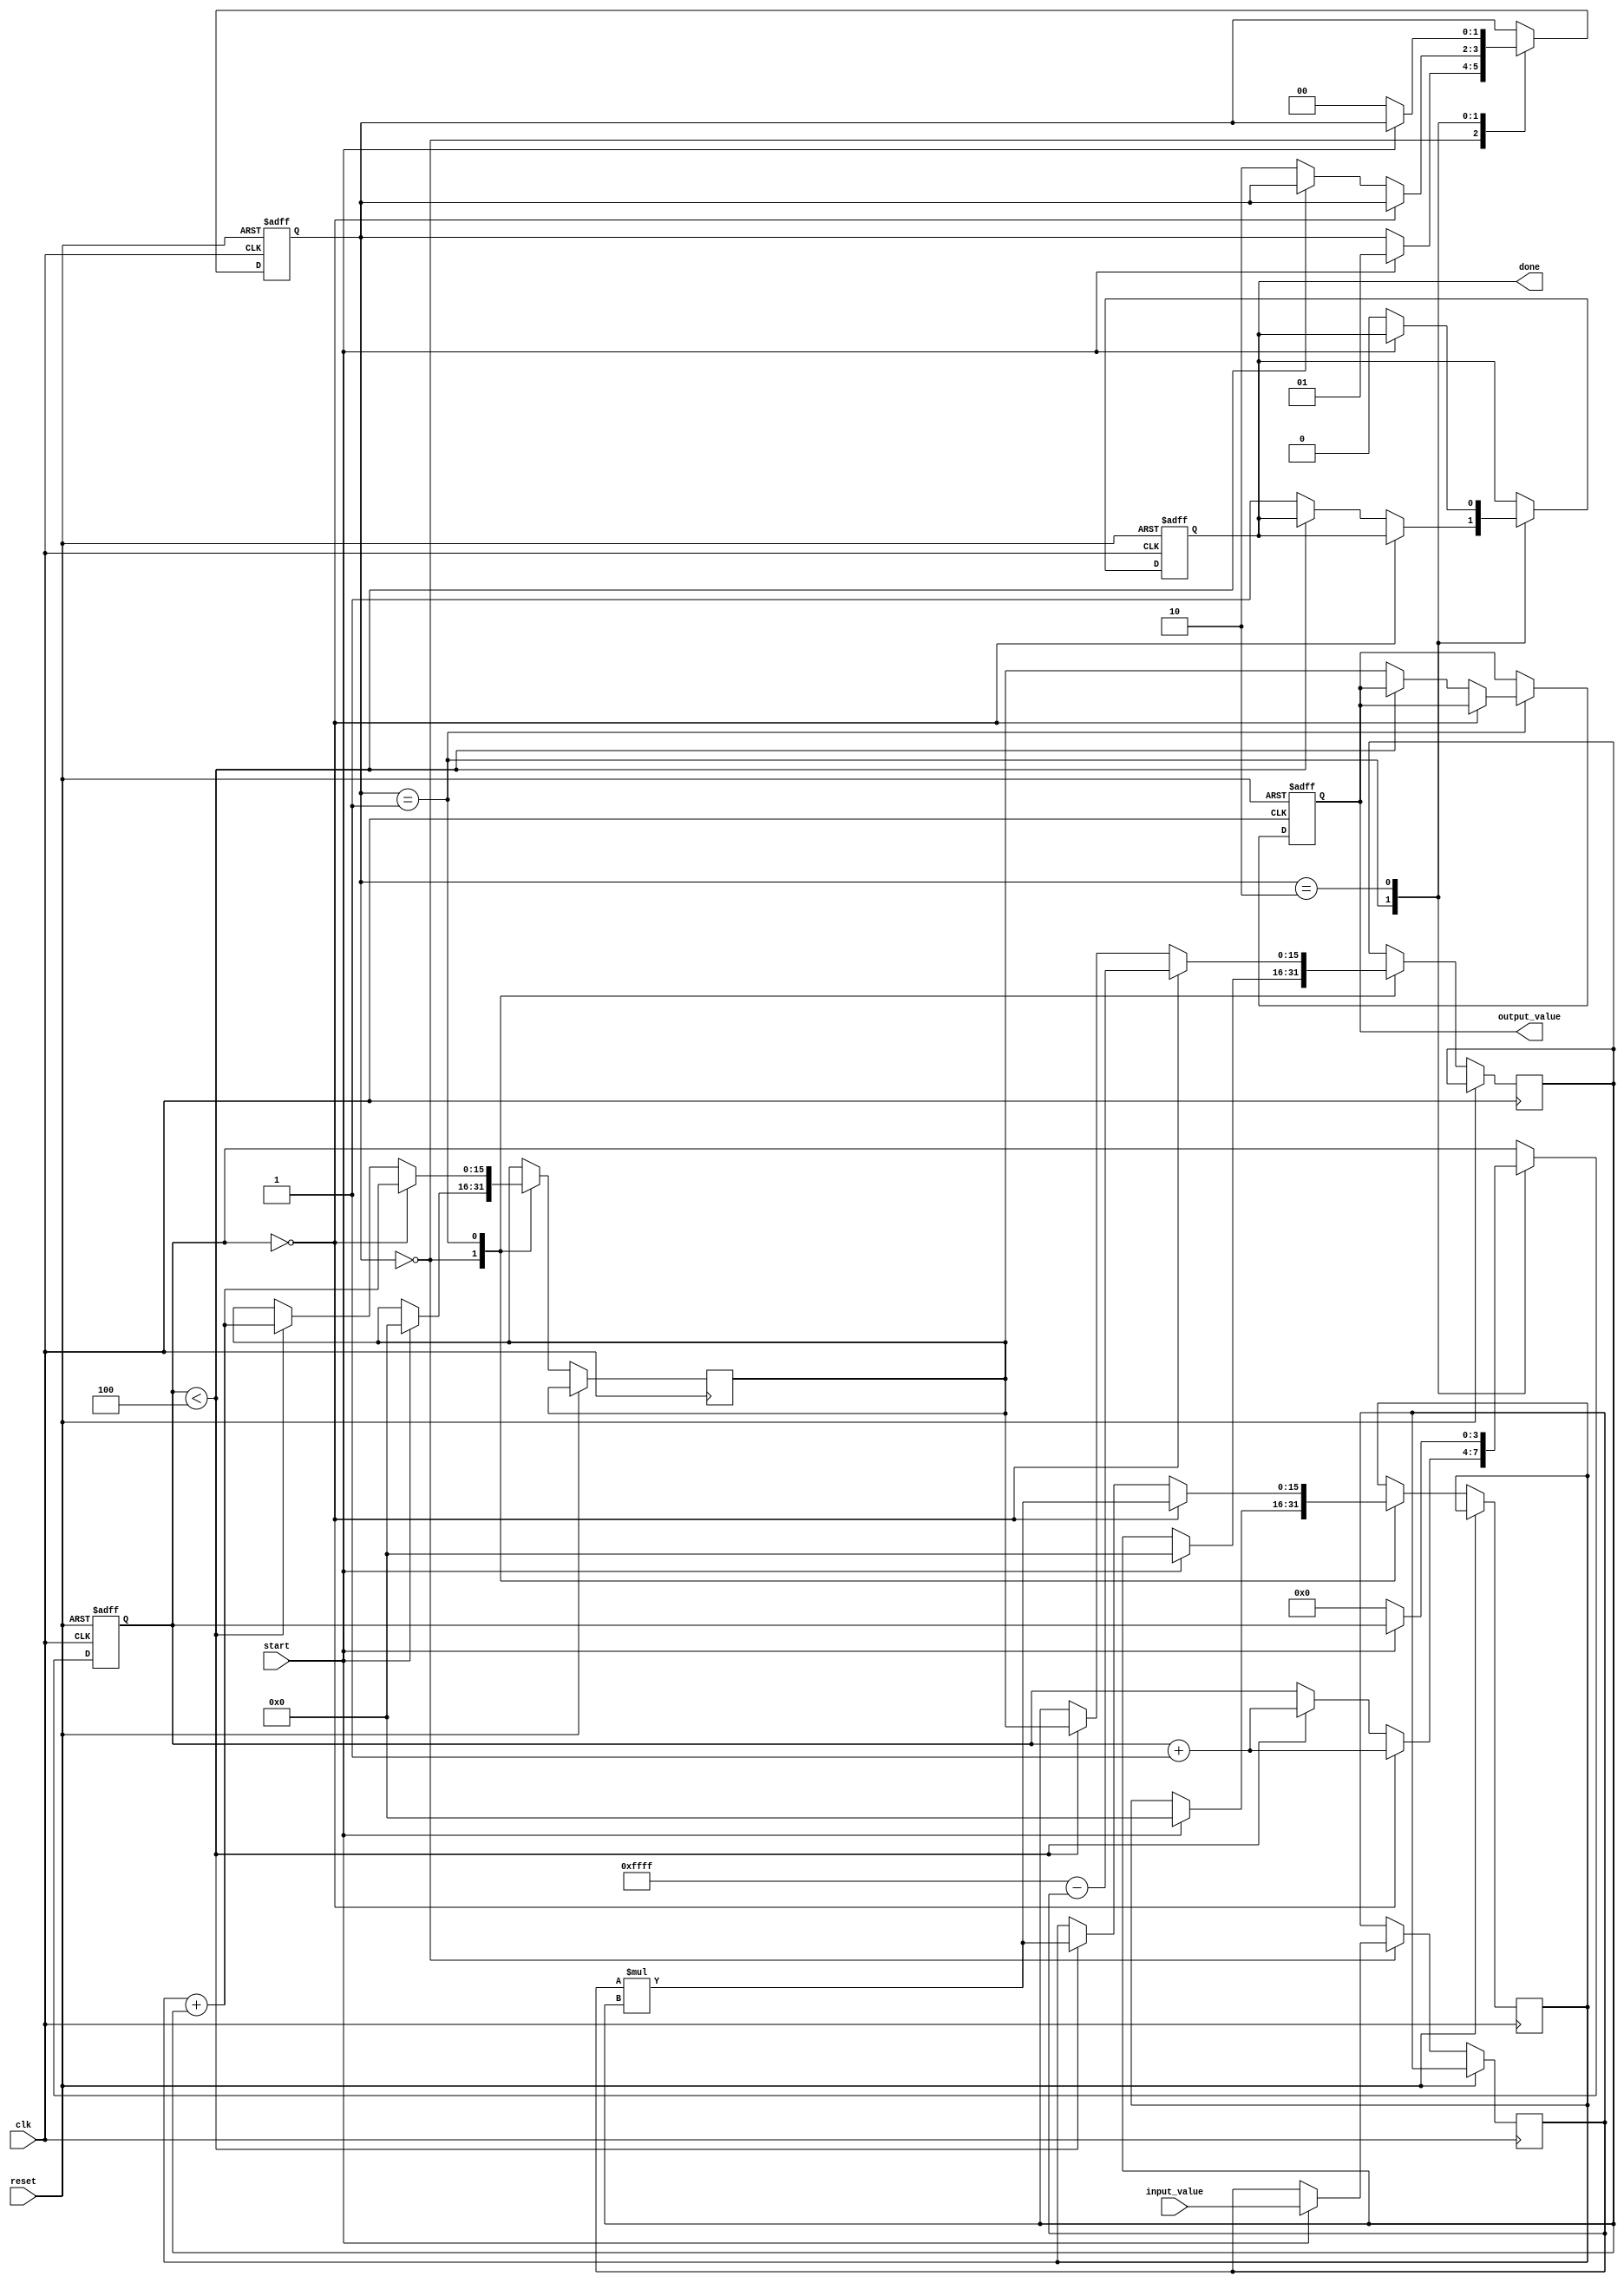
module SystolicArrayReciprocal (
    input wire clk,
    input wire reset,
    input wire [15:0] input_value, // 16-bit input value
    input wire start,
    output reg [15:0] output_value, // 16-bit output value (reciprocal)
    output reg done
);

    // Internal signals
    reg [15:0] PE [1:0][1:0]; // Processing Elements (2x2 array)
    reg [15:0] result;
    reg [1:0] state; // State machine for control
    reg [3:0] iteration; // Iteration counter for feedback mechanism

    // State definitions
    localparam IDLE = 2'b00;
    localparam PROCESS = 2'b01;
    localparam OUTPUT = 2'b10;

    // Initial state
    initial begin
        state = IDLE;
        done = 0;
        iteration = 0;
    end

    // Main control logic
    always @(posedge clk or posedge reset) begin
        if (reset) begin
            state <= IDLE;
            done <= 0;
            iteration <= 0;
            output_value <= 0;
        end else begin
            case (state)
                IDLE: begin
                    if (start) begin
                        // Initialize the first PE with the input value
                        PE[0][0] <= input_value;
                        PE[0][1] <= 0;
                        PE[1][0] <= 0;
                        PE[1][1] <= 0;
                        state <= PROCESS;
                    end
                end
                
                PROCESS: begin
                    // Example simple reciprocal approximation using Newton-Raphson method
                    // PE[0][0] is the input value, PE[0][1] is the intermediate result
                    // PE[1][0] is the multiplier for the approximation
                    // PE[1][1] is the final result
                    
                    // First iteration
                    if (iteration == 0) begin
                        PE[0][1] <= 16'hFFFF - PE[0][0]; // Initial guess
                        PE[1][0] <= PE[0][0] * PE[0][1]; // x * guess
                        PE[1][1] <= PE[1][0] + PE[0][1]; // Update guess
                        iteration <= iteration + 1;
                    end else if (iteration < 4) begin
                        PE[0][1] <= PE[1][1]; // Update guess
                        PE[1][0] <= PE[0][0] * PE[0][1]; // x * guess
                        PE[1][1] <= PE[1][0] + PE[0][1]; // Update guess
                        iteration <= iteration + 1;
                    end else begin
                        output_value <= PE[1][1]; // Final output
                        done <= 1; // Indicate completion
                        state <= OUTPUT; // Move to output state
                    end
                end
                
                OUTPUT: begin
                    // Wait for the next start signal
                    if (!start) begin
                        state <= IDLE; // Go back to idle state
                        done <= 0; // Reset done flag
                        iteration <= 0; // Reset iteration counter
                    end
                end
            endcase
        end
    end

endmodule